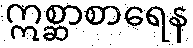
ဣစ္ဆာစာရေန